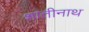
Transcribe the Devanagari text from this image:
शांतीनाथ